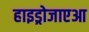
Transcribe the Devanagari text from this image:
हाइड्रोजाएआ